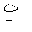
Letter: _ya